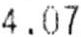
4.07